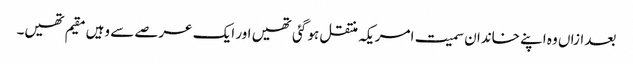
بعد ازاں وہ اپنے خاندان سمیت امریکہ منتقل ہو گئی تھیں اور ایک عرصے سے وہیں مقیم تھیں۔